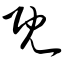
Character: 既